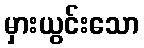
မှားယွင်းသော